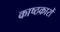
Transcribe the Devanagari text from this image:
काष्ठकारों